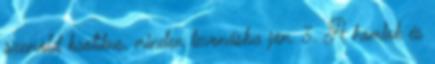
szemöld kaotikus, minden levonásba jön. 3. A homlok és